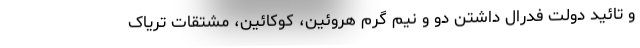
و تائید دولت فدرال داشتن دو و نیم گرم هروئین، کوکائین، مشتقات تریاک